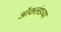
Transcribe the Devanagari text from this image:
ऑकलंडच्या